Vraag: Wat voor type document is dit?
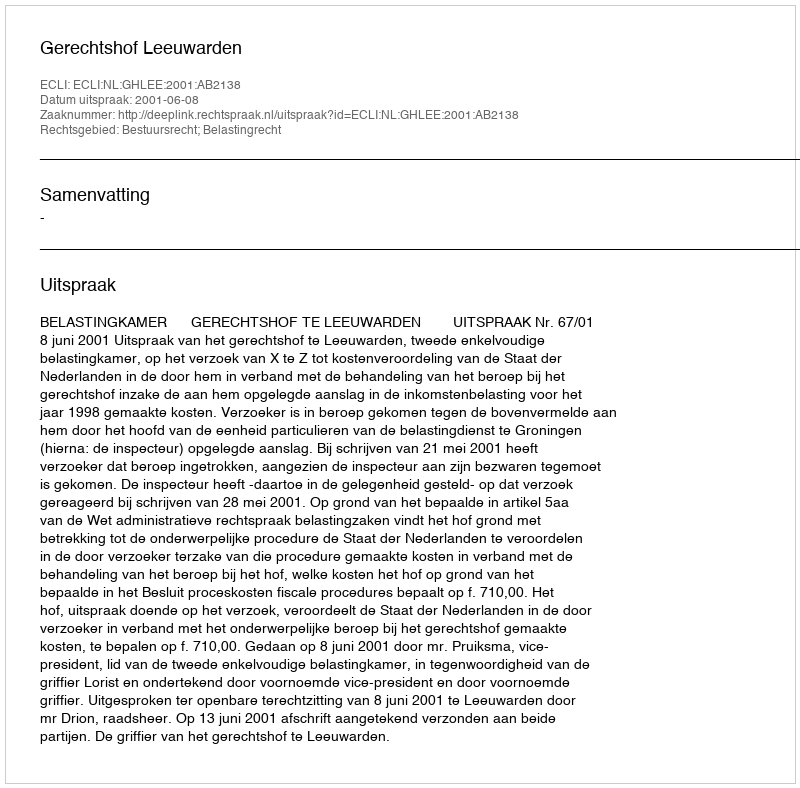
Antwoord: Uitspraak